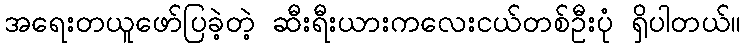
အရေးတယူဖော်ပြခဲ့တဲ့ ဆီးရီးယားကလေးငယ်တစ်ဦးပုံ ရှိပါတယ်။